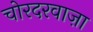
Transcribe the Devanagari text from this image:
चोरदरवाज़ा